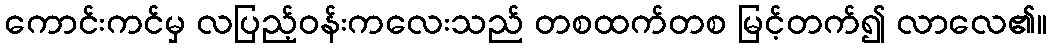
ကောင်းကင်မှ လပြည့်ဝန်းကလေးသည် တစထက်တစ မြင့်တက်၍ လာလေ၏။